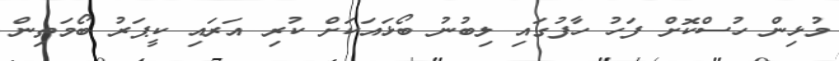
މުޅިން ހުސްކޮށް ފަހު ހާފުގައި ލިބުނު ބޯޅައަކަށް ކުރި އަރައި ކީޕަރު ބޯމަތިން